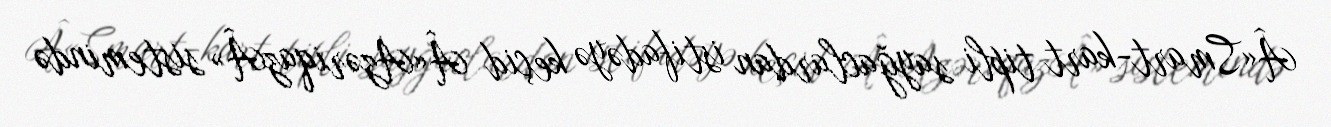
Â«Smart-kart tipli sayğaclardan istifadəyə keçid Â«AzəriqazÂ» sistemində